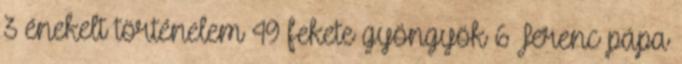
3 énekelt történelem 49 fekete gyöngyök 6 Ferenc pápa